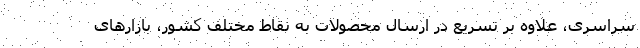
سراسری، علاوه بر تسریع در ارسال محصولات به نقاط مختلف کشور، بازارهای